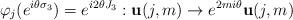
LaTeX: \begin{align*}\varphi_{j}(e^{i\theta\sigma_{3}})=e^{i2\theta J_{3}}:\mathbf{u}(j,m)\rightarrow e^{2mi\theta}\mathbf{u}(j,m) \end{align*}